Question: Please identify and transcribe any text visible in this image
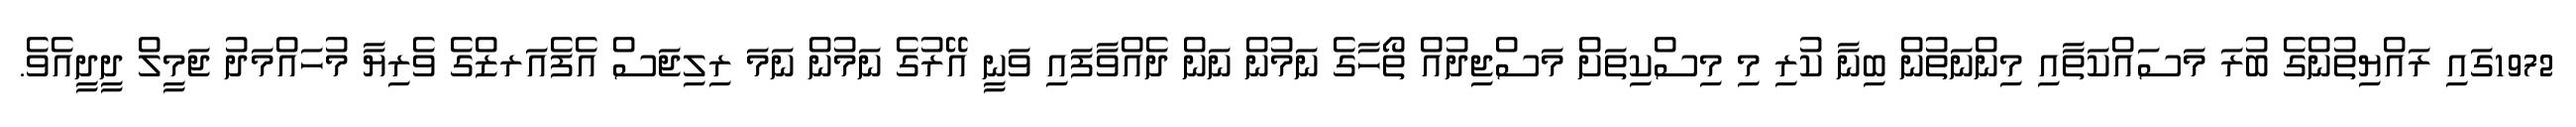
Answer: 1972ގައި ރައްޔިތުންގެ ބުރަ މަސައްކަތާއި މިންނަތުން ބިނާ ކުރި މި މިސްކިތަށް މަސްޖިދުއް ތޯހާގެ ނަމުން ނަން ދެއްވާފައި ވަނީ އޭރުގެ ނަމުން ނަމަ ރިލިޖަސް އެފެއަރޒްގެ ވެރިޔާ މުހައްމަދު ޖަމީލް ދީދީއެވެ.